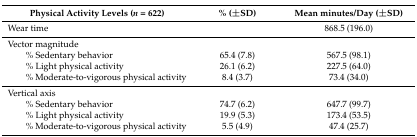
<table><thead><tr><td><b>Physical Activity Levels (<i>n</i> = 622)</b></td><td><b>% (±SD)</b></td><td><b>Mean minutes/Day (±SD)</b></td></tr></thead><tbody><tr><td>Wear time</td><td></td><td>868.5 (196.0)</td></tr><tr><td>Vector magnitude</td><td></td><td></td></tr><tr><td>% Sedentary behavior</td><td>65.4 (7.8)</td><td>567.5 (98.1)</td></tr><tr><td>% Light physical activity</td><td>26.1 (6.2)</td><td>227.5 (64.0)</td></tr><tr><td>% Moderate-to-vigorous physical activity</td><td>8.4 (3.7)</td><td>73.4 (34.0)</td></tr><tr><td>Vertical axis</td><td></td><td></td></tr><tr><td>% Sedentary behavior</td><td>74.7 (6.2)</td><td>647.7 (99.7)</td></tr><tr><td>% Light physical activity</td><td>19.9 (5.3)</td><td>173.4 (53.5)</td></tr><tr><td>% Moderate-to-vigorous physical activity</td><td>5.5 (4.9)</td><td>47.4 (25.7)</td></tr></tbody></table>